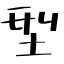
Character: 型